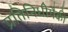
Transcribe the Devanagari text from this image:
प्रतिनिधीपैकी